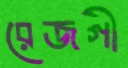
রেজগী